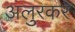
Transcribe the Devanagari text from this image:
अलुरकर